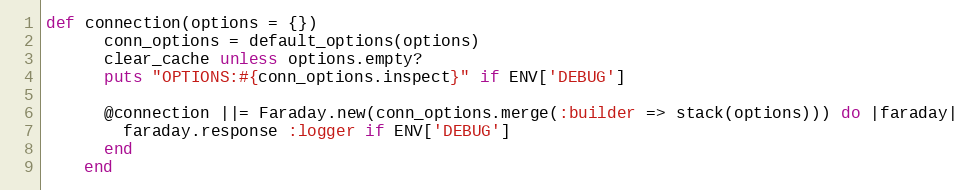
Language: Ruby
def connection(options = {})
      conn_options = default_options(options)
      clear_cache unless options.empty?
      puts "OPTIONS:#{conn_options.inspect}" if ENV['DEBUG']

      @connection ||= Faraday.new(conn_options.merge(:builder => stack(options))) do |faraday|
        faraday.response :logger if ENV['DEBUG']
      end
    end